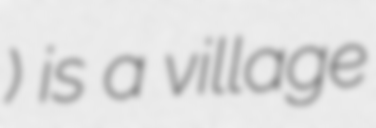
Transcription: Домрке) is a village